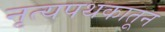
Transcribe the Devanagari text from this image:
नृत्यपथकातून